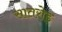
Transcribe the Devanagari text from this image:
सातरोड़